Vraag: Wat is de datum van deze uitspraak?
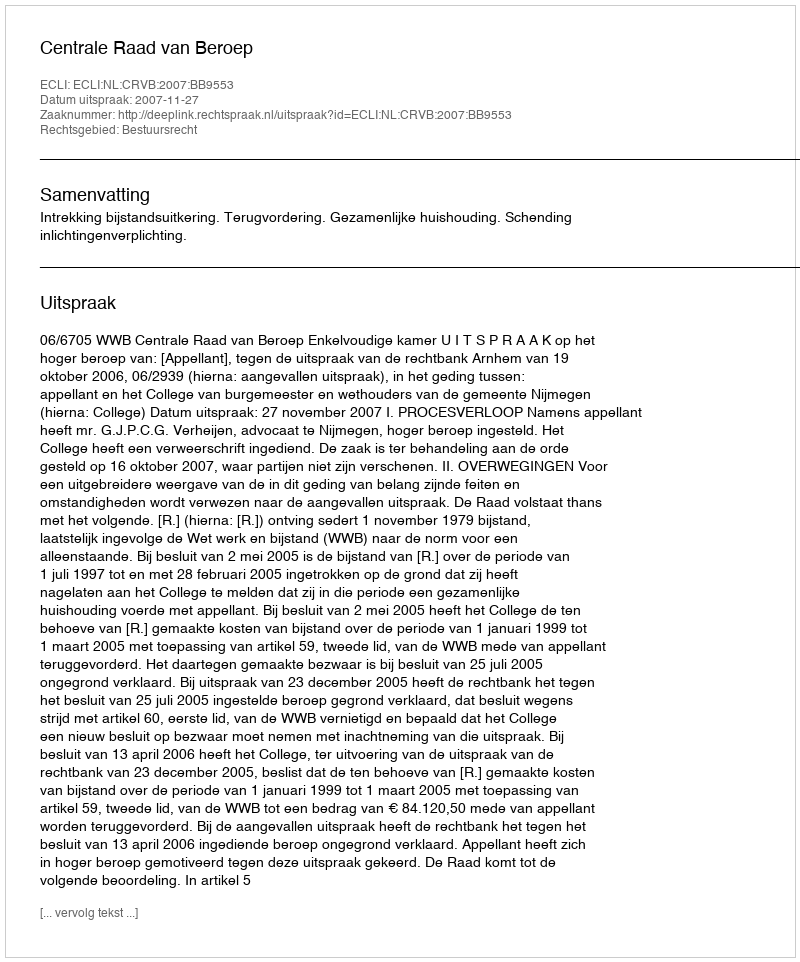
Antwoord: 2007-11-27